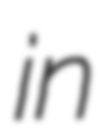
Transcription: in